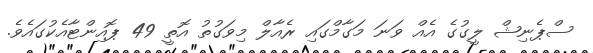
ސްޕެނިޝް ލީގުގެ އެއް ވަނަ މަގާމްގައި ރެއާލް މިވަގުތު އޮތީ 49 ޕޮއިންޓާއެކުގައެވެ.